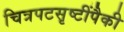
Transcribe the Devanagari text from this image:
चित्रपटसृष्टींपैकी